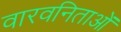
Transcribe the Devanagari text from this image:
वारवनिताओं